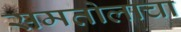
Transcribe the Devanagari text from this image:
समतोलाचा